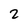
Character: 2